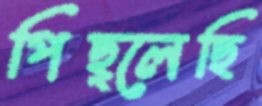
পিছ্‌লেছি